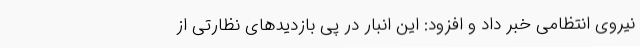
نیروی انتظامی خبر داد و افزود: این انبار در پی بازدیدهای نظارتی از